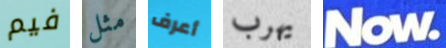
فيم مثل أعرف يهرب Now